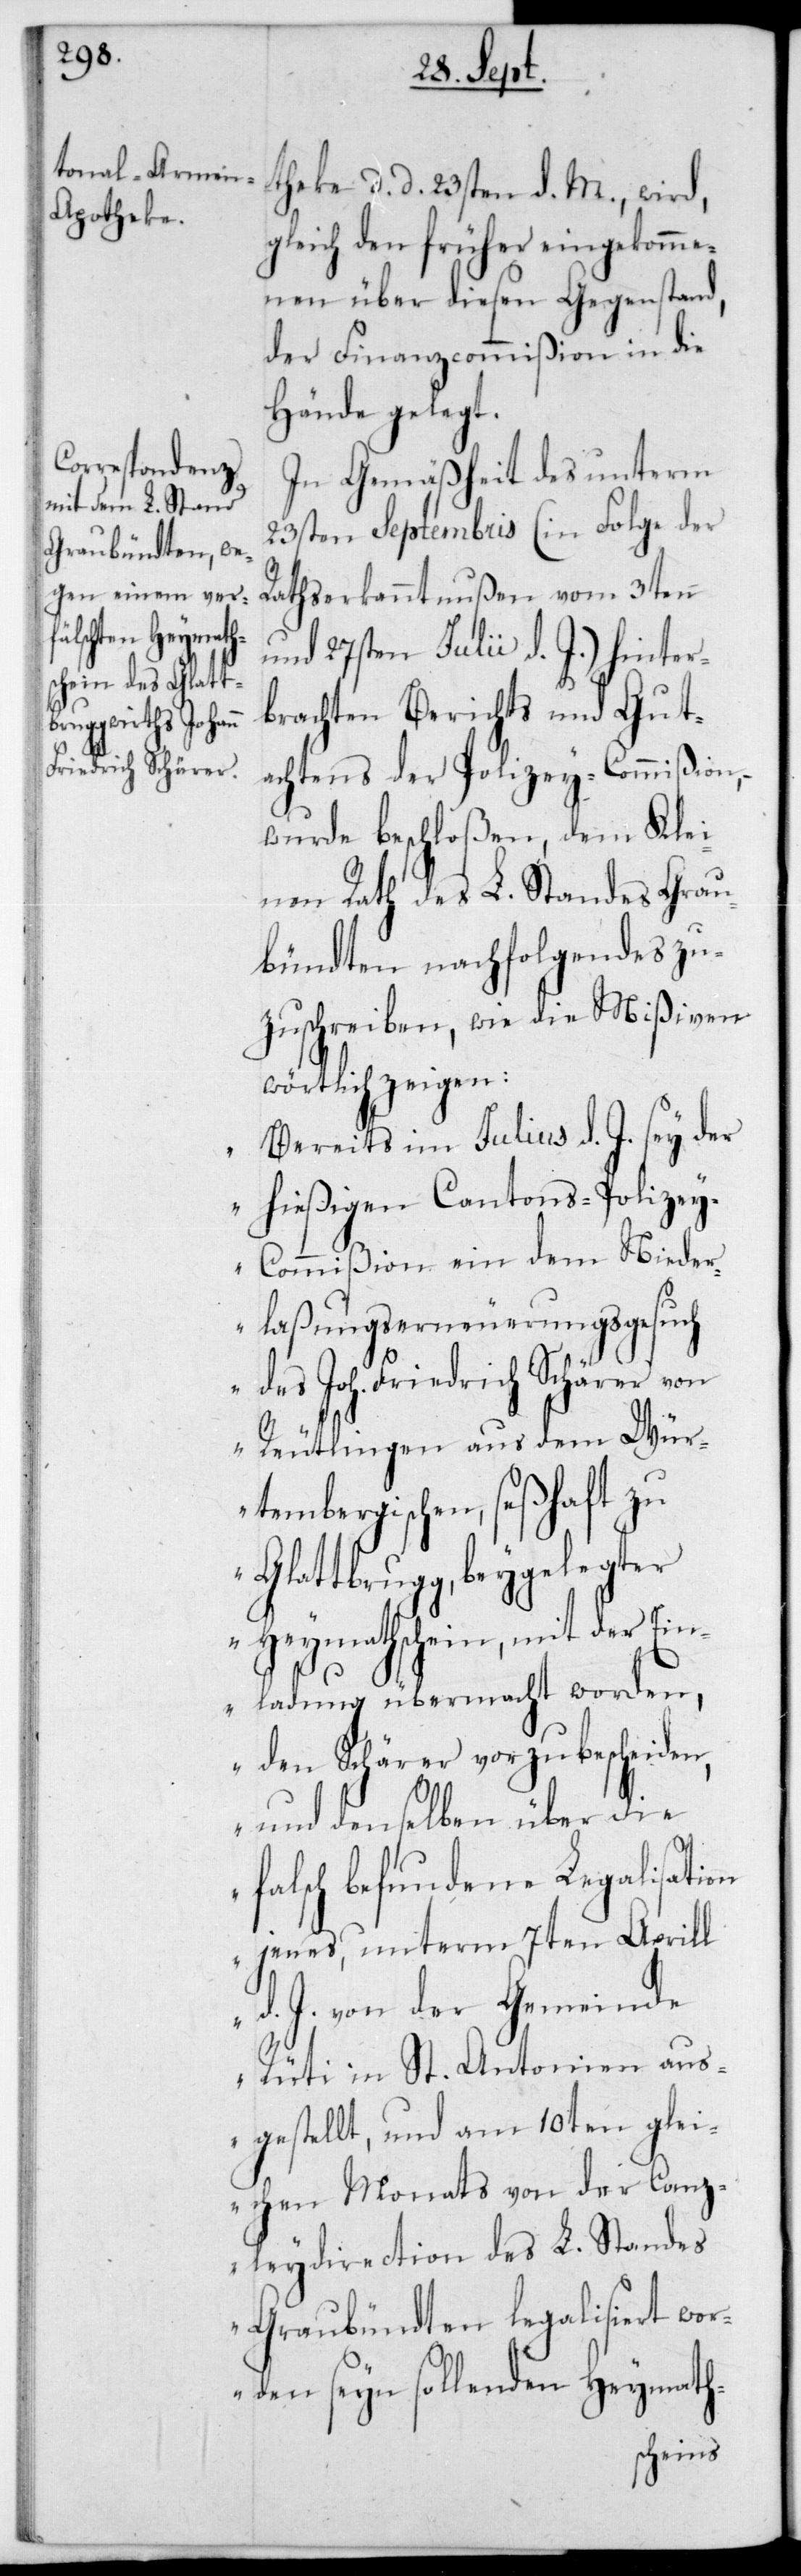
theke, d. d. 23sten d. M,. wird,
gleich den früher eingekomme¬
nen über diesen Gegenstand,
der Finanzcommißion in die
Hände gelegt.
In Gemäßheit des unterm
23sten Septembris (in Folge der
Rathserkanntnußen vom 3ten
und 27sten Julii d. J.) hinter¬
brachten Berichts und Gut¬
achtens der Polizey-Commißion,
wurde beschloßen, dem Klei¬
nen Rath des L. Standes Grau¬
bündten Nachfolgendes zu¬
zuschreiben, wie die Mißiven
wörtlich zeigen:
„Bereits im Julius d. J. sey der
hießigen Cantons-Polize¬
y-Commißion ein dem Nieder¬
laßungserneuerungsgesuch
des Joh. Friedrich Schärer von
Reutlingen aus dem Wür¬
tembergischen, seßhaft zu
Glattbrugg, beygelegter
Heymathschein, mit der Ein¬
ladung übermacht worden,
den Schärer vorzubescheiden,
und denselben über die
falsch befundene Legalisation
jenes, unterm 7ten Aprill
d. J. von der Gemeinde
Rüti in St. Antonien aus¬
gestellt, und am 10ten glei¬
chen Monats von der Canz¬
leydirection des L. Standes
Graubündten legalisiert wor¬
den seyn sollenden Heymath-